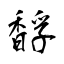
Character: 馟